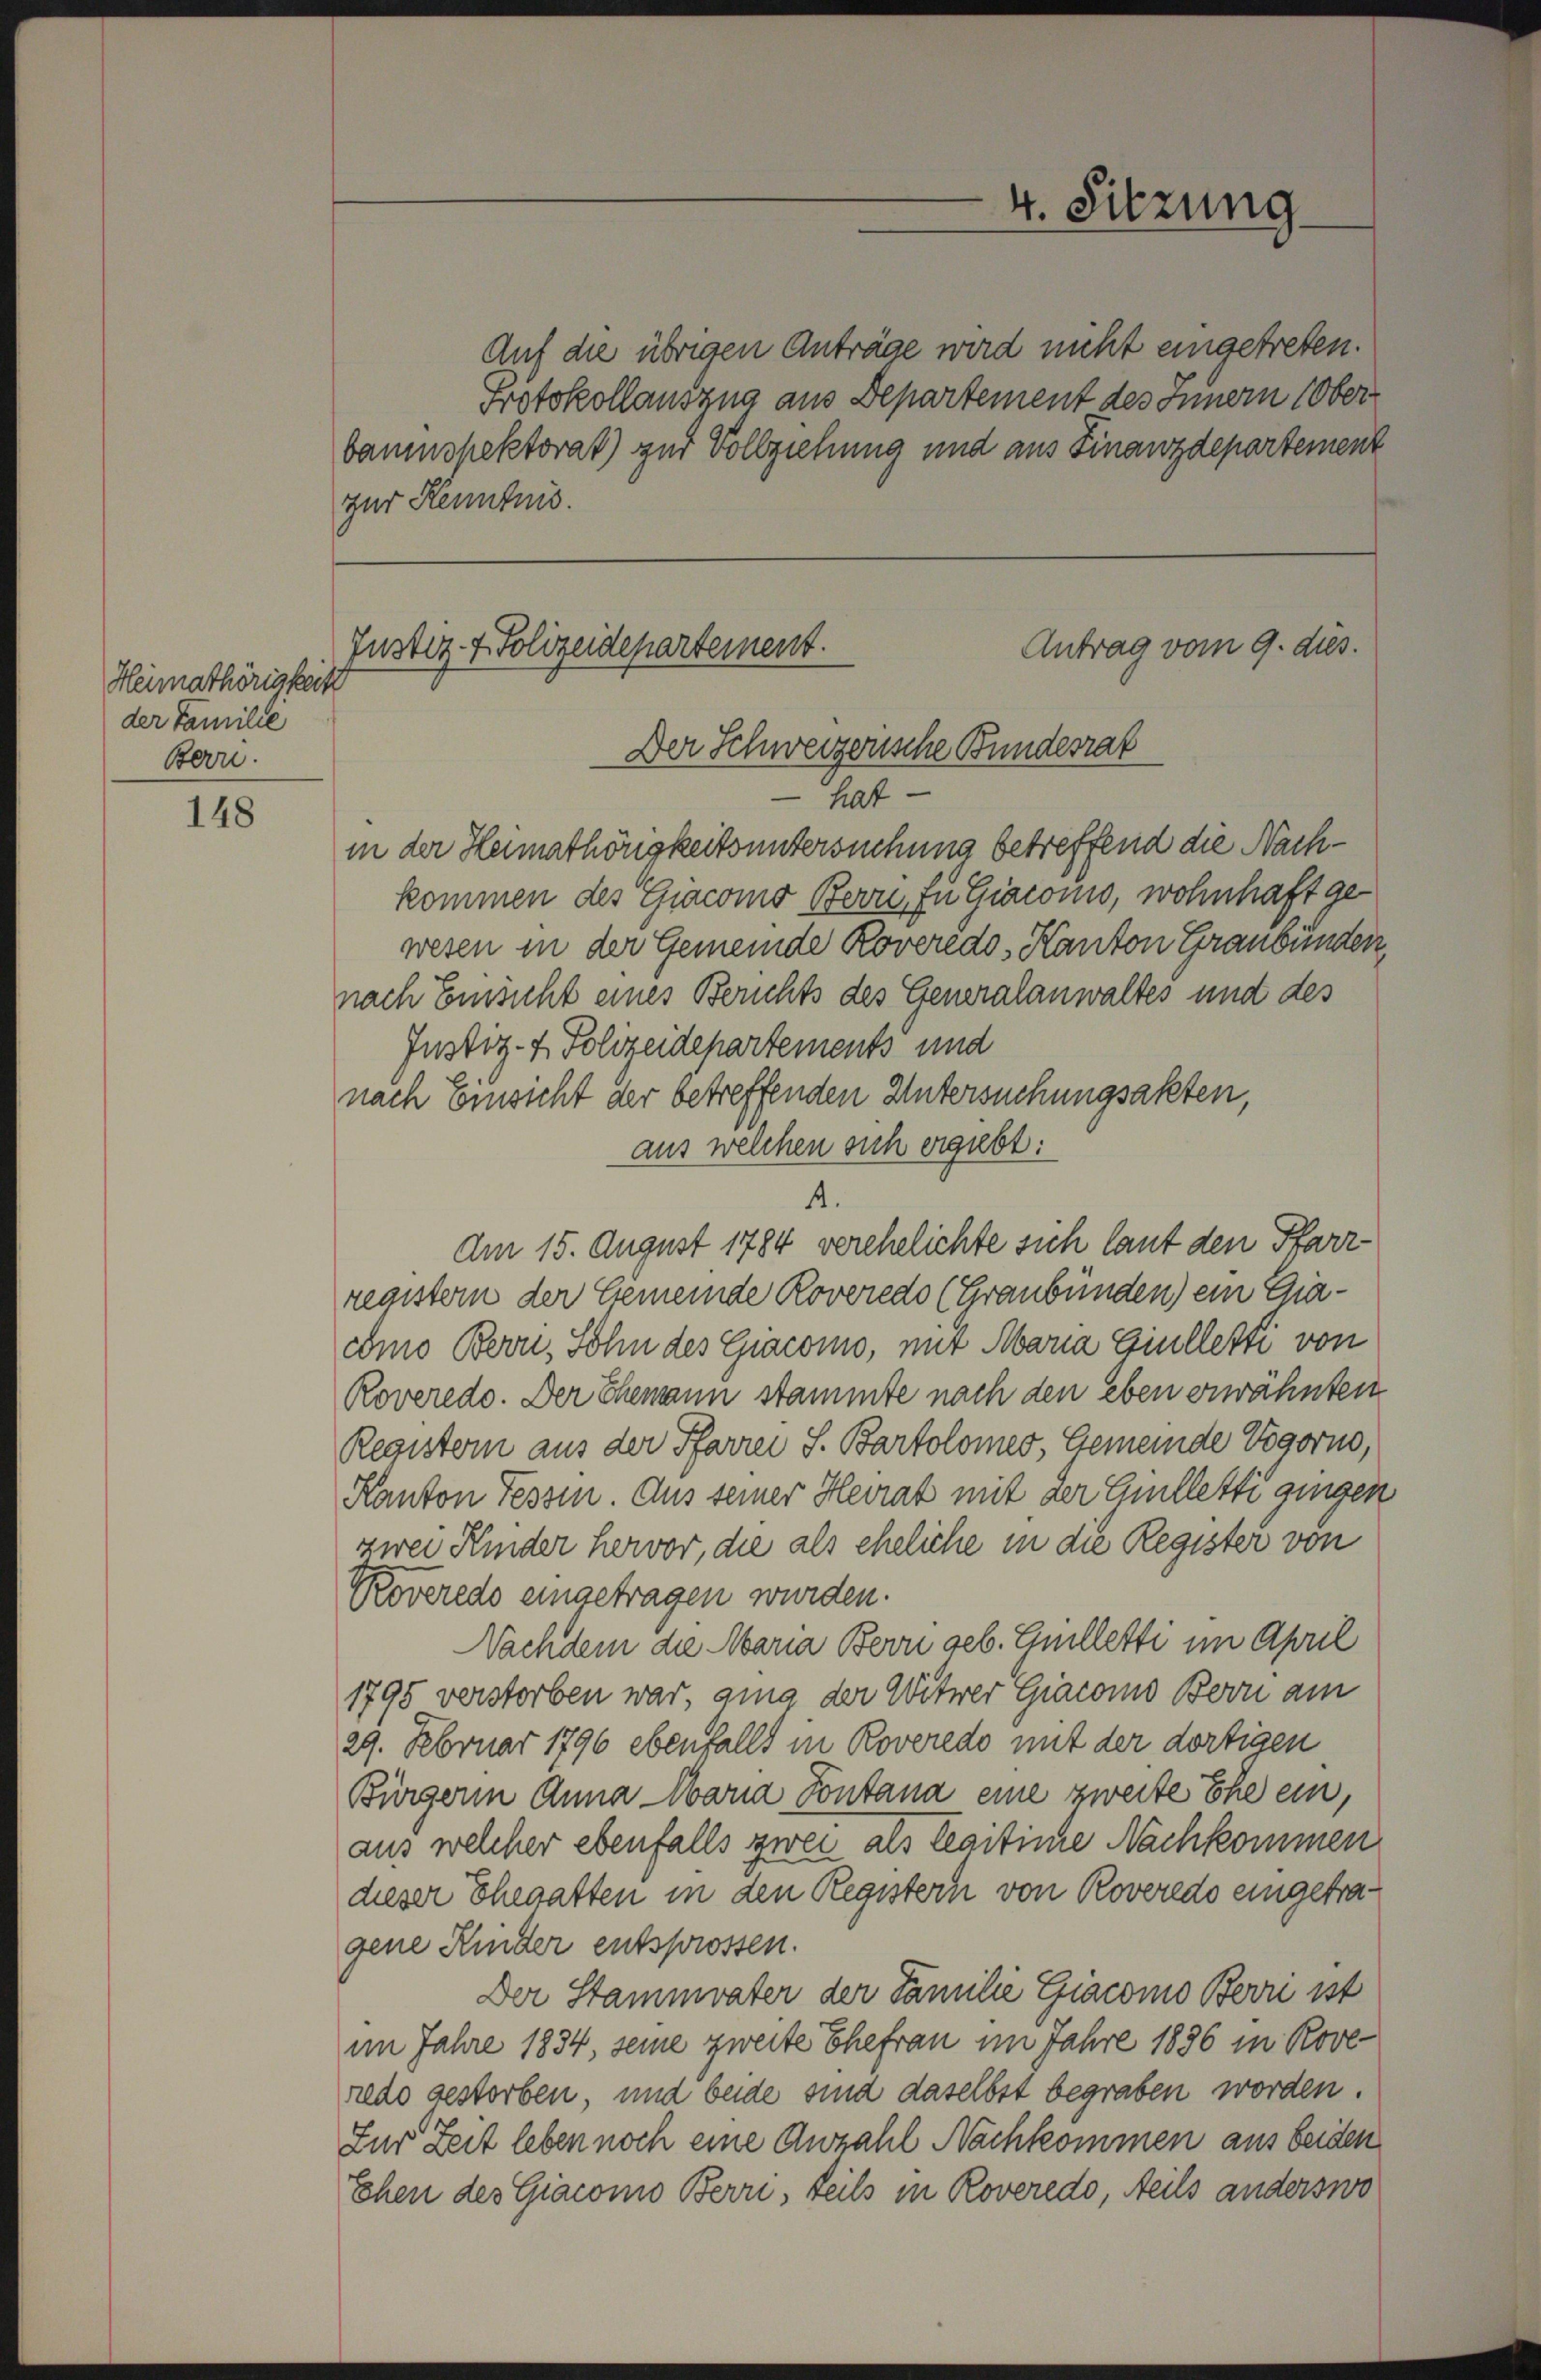
Heimathörigkeit
der Familie
Bern.

148

zur Kenntnis.

Justiz & Polizeidepartement.
Der Schweizerische Bundesrat

4. Sitzung

Antrag vom 9. dies.
hat
in der Heimathörigkeitsuntersuchung betreffend die Nachkommen des Giacomo Bern zu Giacomo, wohnhaft gewesen in der Gemeinde Roveredo, Kanton Graubünden,
nach Einsicht eines Berichts des Generalanwaltes und des
Justiz- & Polizeidepartements und
nach Einsicht der betreffenden Untersuchungsakten,
aus welchen sich ergiebt:
4.
Am 15. August 1784 verehelichte sich laut den Pfarrregistern der Gemeinde Roveredo (Graubünden) ein Gracomo Bern, Sohn des Giacomo, nur Maria Einlletti von
Roverede. Der Themann stammte nach den eben erwähnten
Registern aus der Pfarrer S. Bartolomes, Gemeinde Vogorno,
Kanton Tessin. Aus seiner Heirat mit der Guilletti gingen
zwei Kinder hervor, die als eheliche in die Register von
Roveredo eingetragen wurden.
Nachdem die Maria Bern geb. Elletti im April
1795 verstorben war, ging der Witwer Giacons Bern am
29. Februar 1796 ebenfalls in Roveredo mit der dortigen
Bürgerin Anna Maria Fontana eine zweite Ehe ein,
aus welcher ebenfalls zwei als legitime Nachkommen
dieser Ehegatten in den Registern von Roveredo eingetragene Kinder entsprossen.
Der Stammvater der Familie Giacomo Berri ist
im Jahre 1834, seine zweite Ehefrau im Jahre 1896 in Rove
redo gestorben, und beide sind daselbst begraben worden.
Für Zeit leben noch eine Anzahl Nachkommen aus beiden
Ehen des Giacono Berri, teils in Roveredo, Heils anderswo

Auf die übrigen Anträge wird nicht eingetreten.
Protokollauszna aus Departement des Innern (Oberbaumspektorat) zur Vollziehung und aus Finanzdepartement